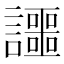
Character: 讍